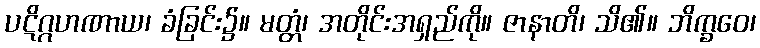
ပဋိဂ္ဂဟဏာယ၊ ခံခြင်း၌။ မတ္တံ၊ အတိုင်းအရှည်ကို။ ဇာနာတိ၊ သိ၏။ ဘိက္ခဝေ၊